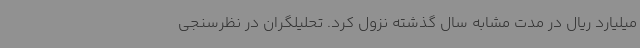
میلیارد ریال در مدت مشابه سال گذشته نزول کرد. تحلیلگران در نظرسنجی